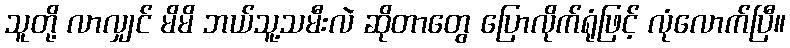
သူတို့ လာလျှင် မိမိ ဘယ်သူ့သမီးလဲ ဆိုတာတွေ ပြောလိုက်ရုံဖြင့် လုံလောက်ပြီ။